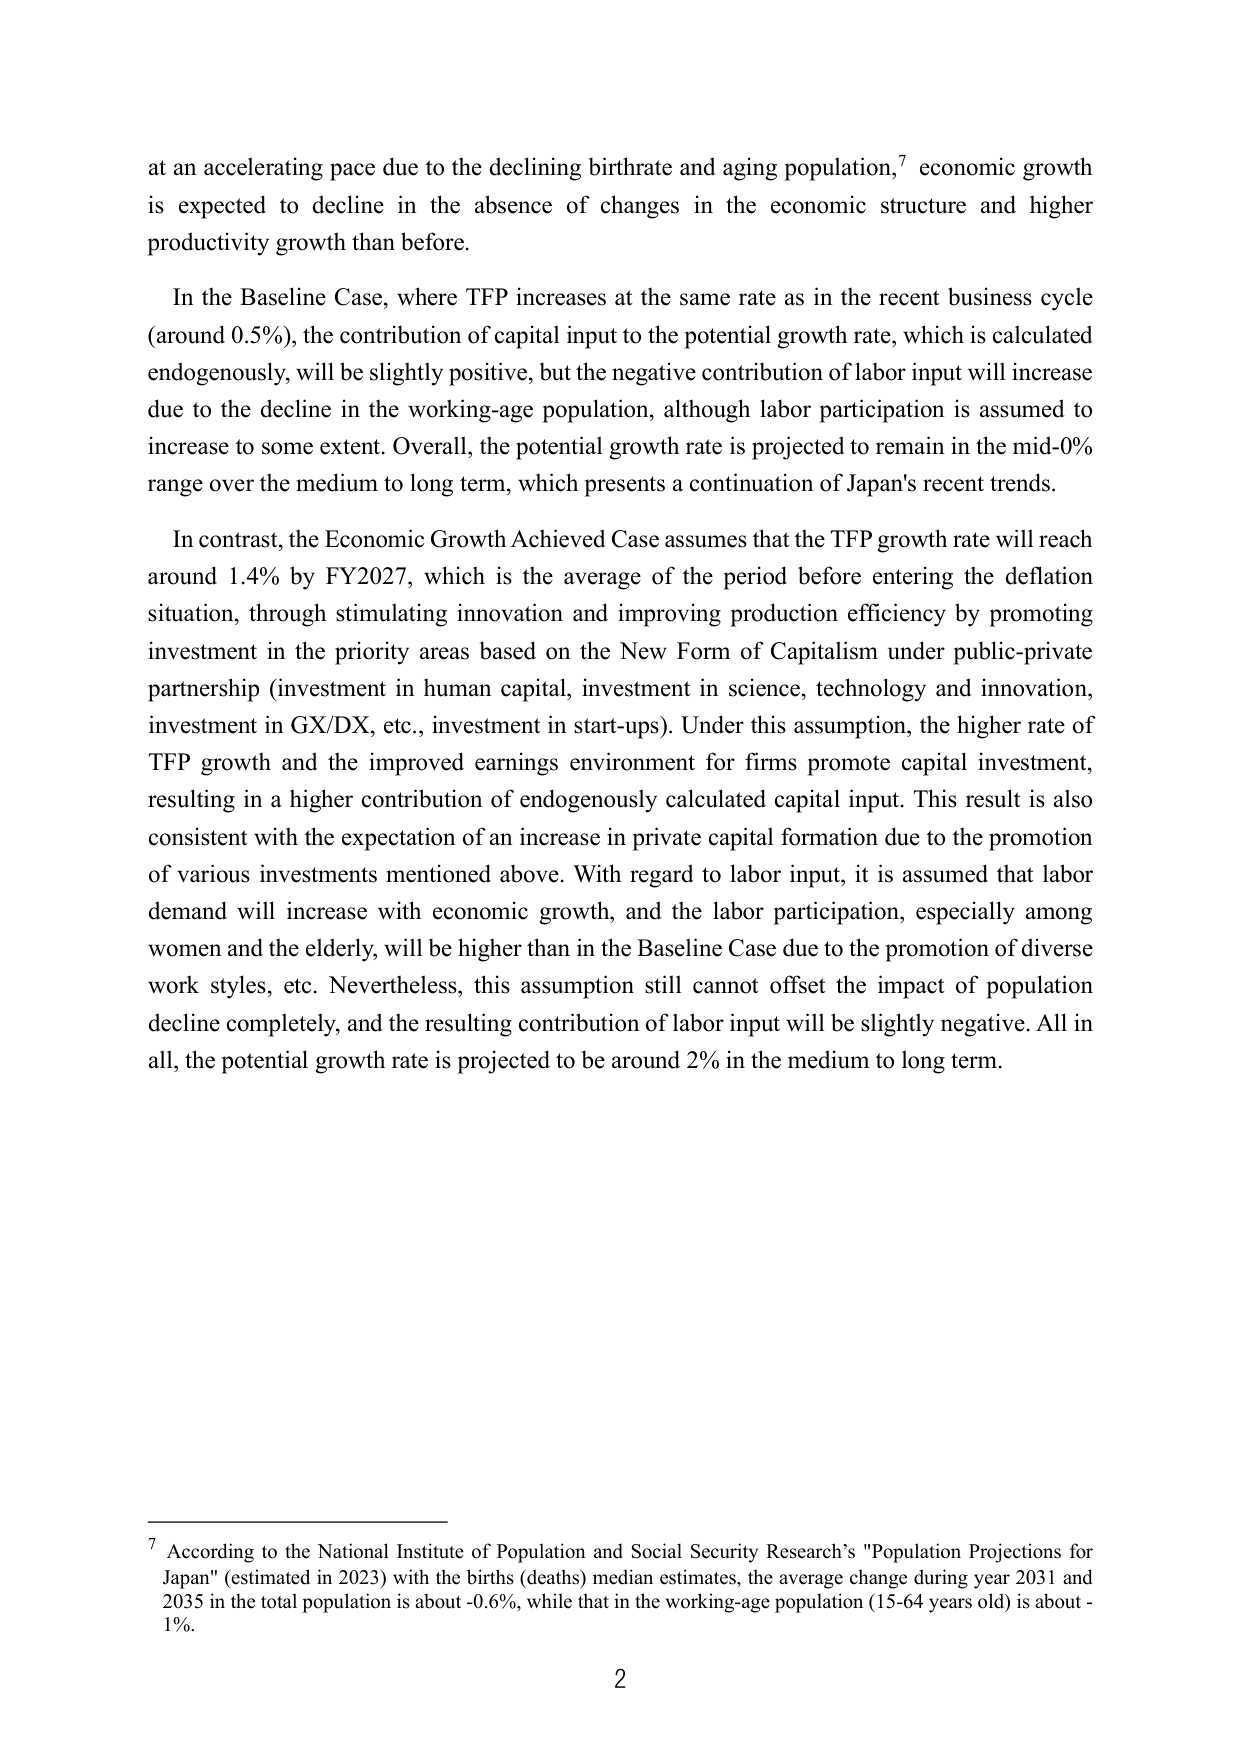
at an accelerating pace due to the declining birthrate and aging population,⁷ economic growth is expected to decline in the absence of changes in the economic structure and higher productivity growth than before.

In the Baseline Case, where TFP increases at the same rate as in the recent business cycle (around 0.5%), the contribution of capital input to the potential growth rate, which is calculated endogenously, will be slightly positive, but the negative contribution of labor input will increase due to the decline in the working-age population, although labor participation is assumed to increase to some extent. Overall, the potential growth rate is projected to remain in the mid-0% range over the medium to long term, which presents a continuation of Japan's recent trends.

In contrast, the Economic Growth Achieved Case assumes that the TFP growth rate will reach around 1.4% by FY2027, which is the average of the period before entering the deflation situation, through stimulating innovation and improving production efficiency by promoting investment in the priority areas based on the New Form of Capitalism under public-private partnership (investment in human capital, investment in science, technology and innovation, investment in GX/DX, etc., investment in start-ups). Under this assumption, the higher rate of TFP growth and the improved earnings environment for firms promote capital investment, resulting in a higher contribution of endogenously calculated capital input. This result is also consistent with the expectation of an increase in private capital formation due to the promotion of various investments mentioned above. With regard to labor input, it is assumed that labor demand will increase with economic growth, and the labor participation, especially among women and the elderly, will be higher than in the Baseline Case due to the promotion of diverse work styles, etc. Nevertheless, this assumption still cannot offset the impact of population decline completely, and the resulting contribution of labor input will be slightly negative. All in all, the potential growth rate is projected to be around 2% in the medium to long term.

⁷ According to the National Institute of Population and Social Security Research’s "Population Projections for Japan" (estimated in 2023) with the births (deaths) median estimates, the average change during year 2031 and 2035 in the total population is about -0.6%, while that in the working-age population (15-64 years old) is about -1%.

2